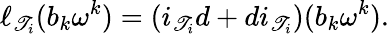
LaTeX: \ell_{\mathscr{T}_{i}}(b_{k}\omega^{k})=(i_{\mathscr{T}_{i}}d+di_{\mathscr{T}_{i}})(b_{k}\omega^{k}).